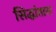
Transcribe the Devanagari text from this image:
सिद्धांतास